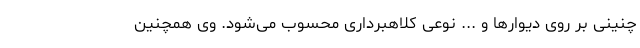
چنینی بر روی دیوارها و ... نوعی کلاهبرداری محسوب می‌شود. وی همچنین